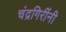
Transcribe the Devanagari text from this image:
चंद्रगिरींनी